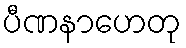
ပီဏနာဟေတု